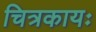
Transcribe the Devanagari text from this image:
चित्रकायः